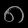
Digit: ၈